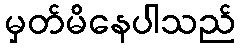
မှတ်မိနေပါသည်